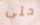
حتى